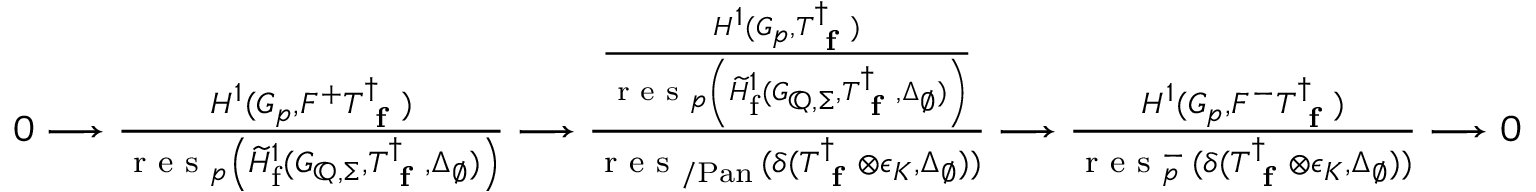
\begin{array} { r } { \begin{array} { r } { 0 \longrightarrow \frac { H ^ { 1 } ( G _ { p } , F ^ { + } T _ { \textup { \bf f } } ^ { \dagger } ) } { \textup { r e s } _ { p } \left( \widetilde { H } _ { \mathrm { f } } ^ { 1 } ( G _ { \mathbb { Q } , \Sigma } , T _ { \textup { \bf f } } ^ { \dagger } , \Delta _ { \emptyset } ) \right) } \longrightarrow \frac { \frac { H ^ { 1 } ( G _ { p } , T _ { \textup { \bf f } } ^ { \dagger } ) } { \textup { r e s } _ { p } \left( \widetilde { H } _ { \mathrm { f } } ^ { 1 } ( G _ { \mathbb { Q } , \Sigma } , T _ { \textup { \bf f } } ^ { \dagger } , \Delta _ { \emptyset } ) \right) } } { \textup { r e s } _ { / \mathrm { P a n } } \, ( \delta ( T _ { \textup { \bf f } } ^ { \dagger } \otimes \epsilon _ { K } , \Delta _ { \emptyset } ) ) } \longrightarrow \frac { H ^ { 1 } ( G _ { p } , F ^ { - } T _ { \textup { \bf f } } ^ { \dagger } ) } { \textup { r e s } _ { p } ^ { - } \, ( \delta ( T _ { \textup { \bf f } } ^ { \dagger } \otimes \epsilon _ { K } , \Delta _ { \emptyset } ) ) } \longrightarrow 0 } \end{array} } \end{array}